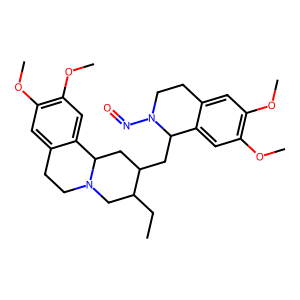
SMILES: CCC1CN2CCc3cc(OC)c(OC)cc3C2CC1CC1c2cc(OC)c(OC)cc2CCN1N=O
Inhibits HIV replication: No